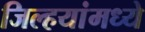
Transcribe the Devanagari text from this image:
जिल्हयांमध्ये